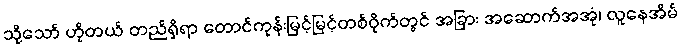
သို့သော် ဟိုတယ် တည်ရှိရာ တောင်ကုန်းမြင့်မြင့်တစ်ဝိုက်တွင် အခြား အဆောက်အအုံ၊ လူနေအိမ်